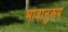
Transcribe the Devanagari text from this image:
भावानुरूप